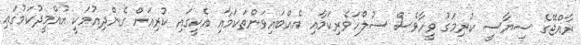
ރާއްޖޭގެ ސިޔާސީ ކުރިމަގު ވީހާވެސް ސުލްހަވެރިކަމާއި އެއްބައިވަންތަކަމާއި އެކީގައި ކުރިއަށް ގެންދިއުމަކީ އުއްމީދުކަމުގައި